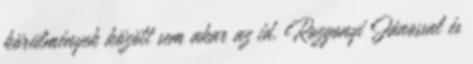
körülmények között sem akar az id. Rozgonyi Jánossal és